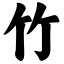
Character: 竹